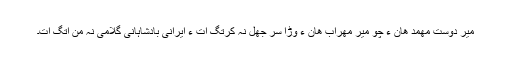
میر دوست مھمد ھان ءَ چو میر مھراب ھان ءِ وڑا سر جَھل نہ کرتگ اَت ءُ ایرانی بادشاہانی گُلامی نہ منّ اتگ اَت۔